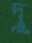
দূ